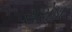
સરોડા